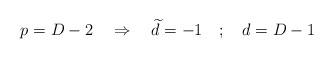
LaTeX: \begin{align*}p=D-2 \quad \Rightarrow \quad \widetilde{d} = -1 \quad ; \quad d=D-1\end{align*}